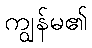
ကျွန်မ၏